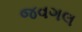
જવગલ